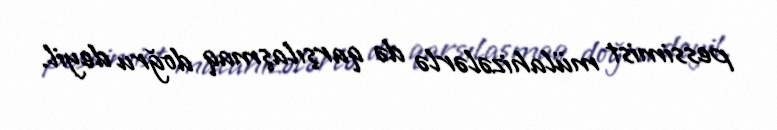
pessimist mülahizələrlə də qarşılaşmaq doğru deyil.